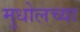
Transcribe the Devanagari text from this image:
मुधोलच्या